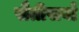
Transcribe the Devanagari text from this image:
सैतीसवाँ